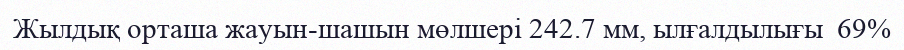
Жылдық орташа жауын-шашын мөлшері 242.7 мм, ылғалдылығы  69%